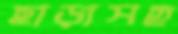
ছাড়াসহ